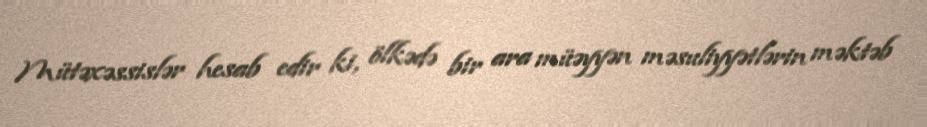
Mütəxəssislər hesab edir ki, ölkədə bir ara müəyyən məsuliyyətlərin məktəb